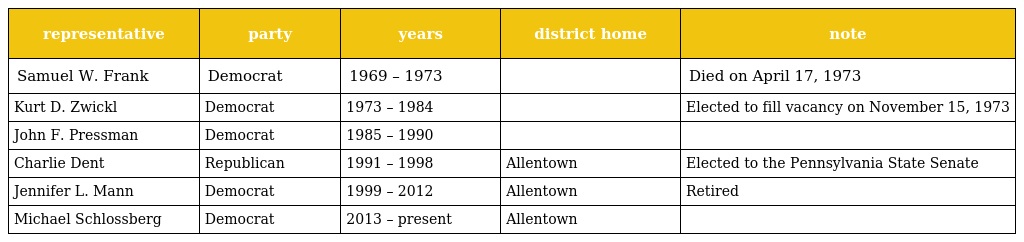
| representative | party | years | district home | note |
 | --- | --- | --- | --- | --- |
 | Samuel W. Frank | Democrat | 1969 – 1973 |  | Died on April 17, 1973 |
 | Kurt D. Zwickl | Democrat | 1973 – 1984 |  | Elected to fill vacancy on November 15, 1973 |
 | John F. Pressman | Democrat | 1985 – 1990 |  |  |
 | Charlie Dent | Republican | 1991 – 1998 | Allentown | Elected to the Pennsylvania State Senate |
 | Jennifer L. Mann | Democrat | 1999 – 2012 | Allentown | Retired |
 | Michael Schlossberg | Democrat | 2013 – present | Allentown |  |